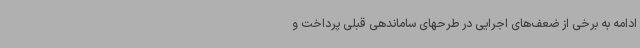
ادامه به برخی از ضعف‌های اجرایی در طرحهای ساماندهی قبلی پرداخت و